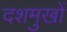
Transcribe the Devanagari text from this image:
दशमुखों